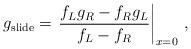
LaTeX: \begin{align*}g_{\rm slide} = \left. \frac{f_L g_R - f_R g_L}{f_L - f_R} \right|_{x = 0} \,,\end{align*}